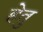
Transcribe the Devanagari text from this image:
हेेतु